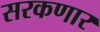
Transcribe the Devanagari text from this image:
सरकणार